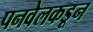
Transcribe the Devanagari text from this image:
पनवेलकडून